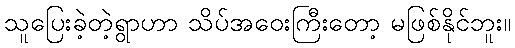
သူပြေးခဲ့တဲ့ရွာဟာ သိပ်အဝေးကြီးတော့ မဖြစ်နိုင်ဘူး။